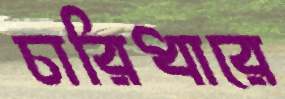
চারিধারে